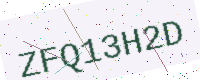
Text: ZFQ13H2D